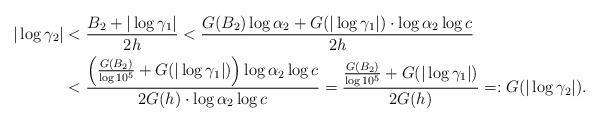
LaTeX: \begin{align*}|\log \gamma_2|&<\frac{B_2+|\log \gamma_1|}{2h}<\frac{G(B_2)\log \alpha_2 +G(|\log \gamma_1|)\cdot \log \alpha_2 \log c}{2h}\\&<\frac{\left(\frac{G(B_2)}{\log 10^5}+G(|\log \gamma_1|)\right) \log \alpha_2 \log c}{2G(h)\cdot \log \alpha_2 \log c}=\frac{\frac{G(B_2)}{\log 10^5}+G(|\log \gamma_1|)}{2G(h)}=:G(|\log \gamma_2|).\end{align*}